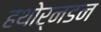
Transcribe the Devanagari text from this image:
हथोर्नडन